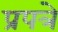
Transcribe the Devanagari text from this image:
प्रपत्रे